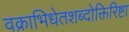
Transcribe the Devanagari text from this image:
वक्राभिधेतशब्दोक्तिरिष्टा